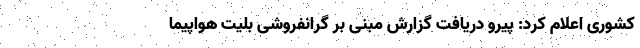
کشوری اعلام کرد: پیرو دریافت گزارش مبنی بر گرانفروشی بلیت هواپیما